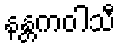
နန္တကဝါသီ